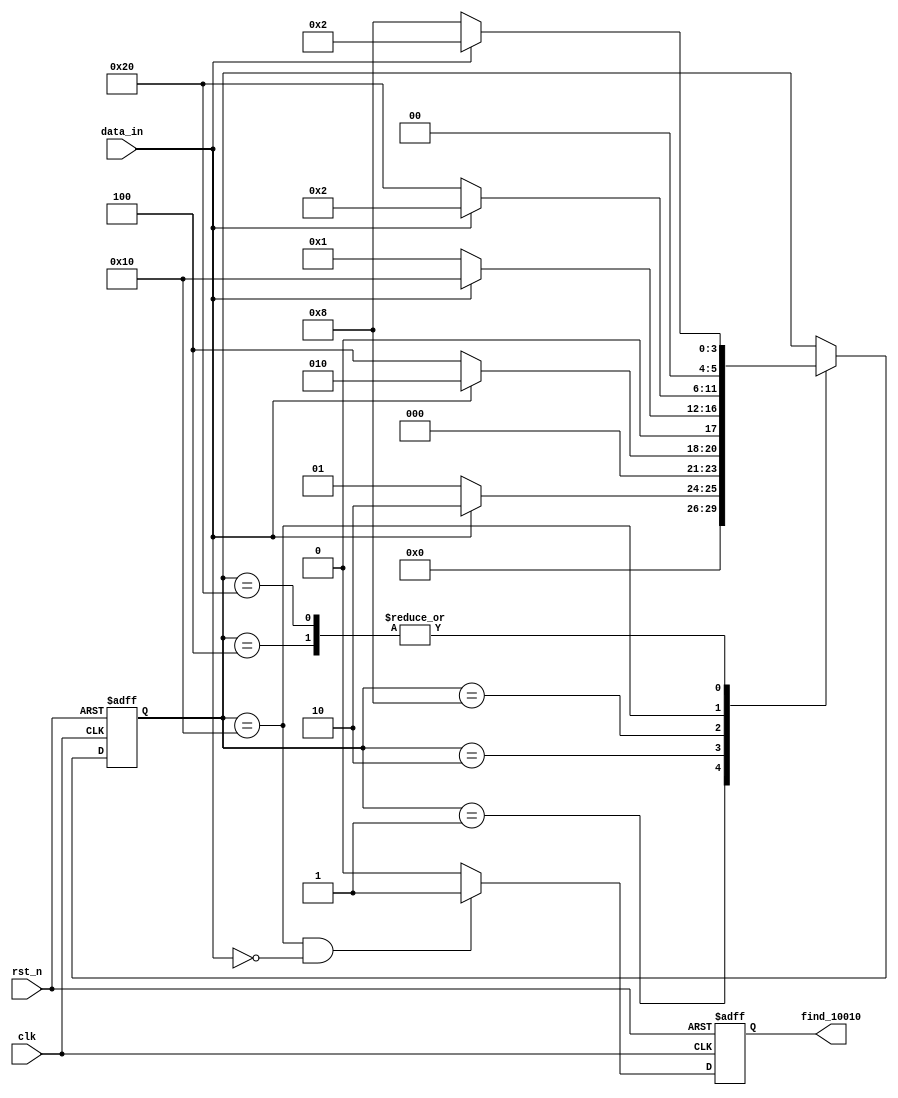
// This is a simple example.
// You can make a your own header file and set its path to settings.
// (Preferences > Package Settings > Verilog Gadget > Settings - User)
//
//		"header": "Packages/Verilog Gadget/template/verilog_header.v"
//
// -----------------------------------------------------------------------------
// Copyright (c) 2014-2023 All rights reserved
// -----------------------------------------------------------------------------
// Create : 2023-07-18 09:59:01
// Revise : 2023-07-18 09:59:01
// Editor : sublime text4, tab size (4)
// Descri : 
// -----------------------------------------------------------------------------
module S_D (
	input clk,
	input rst_n,  
	input data_in,
	output reg find_10010
);

	
	reg [5:0] state;


	/*
	*/
	parameter IDLE = 6'b000_001;
	parameter S0 = 6'b000_010;
	parameter S1 = 6'b000_100;
	parameter S2 = 6'b001_000;
	parameter S3 = 6'b010_000;
	parameter S4 = 6'b100_000;



	//
	always @(posedge clk or negedge rst_n) begin
		if(~rst_n) begin
			state <= IDLE;
		end else begin
			case(state)
			IDLE : begin
				/*if(data_in) begin
					next_state = S0;
				end else begin
					next_state = IDLE;
				end*/
				state <= (data_in) ? S0 : IDLE;
			end
			S0 : state <= (data_in) ? S0 : S1;
			S1 : state <= (data_in) ? S0 : S2;
			S2 : state <= (data_in) ? S3 : IDLE;
			S3 : begin
				if(data_in) begin
					state <= S0;
				end else begin
					state <= S4;
				end
				// state = (data_in) ? S0 : S4;
			end
			S4 : begin
				if(data_in) begin
					state <= S0;
				end else begin
					state <= S2;
				end
			end 
			// state = (data_in) ? S0 : S2;
			default: state <= state;
		endcase // state
		end
		
	end

	//
	always @(posedge clk or negedge rst_n) begin
		if(~rst_n) begin
			find_10010 <= 1'd0;
		end else if(state == S3 && data_in == 1'd0) begin
			find_10010 <= 1'b1;
		end else begin
			find_10010 <= 1'd0;
		end
	end


endmodule